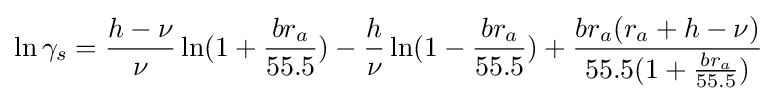
\ln \gamma _{s}={\frac {h-\nu }{\nu }}\ln(1+{\frac {br_{a}}{55.5}})-{\frac {h}{\nu }}\ln(1-{\frac {br_{a}}{55.5}})+{\frac {br_{a}(r_{a}+h-\nu )}{55.5(1+{\frac {br_{a}}{55.5}})}}